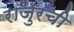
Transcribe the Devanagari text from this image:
राजुरची